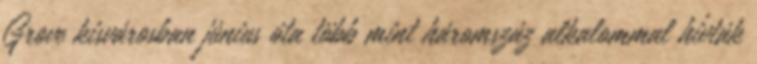
Grove kisvárosban június óta több mint háromszáz alkalommal hívták